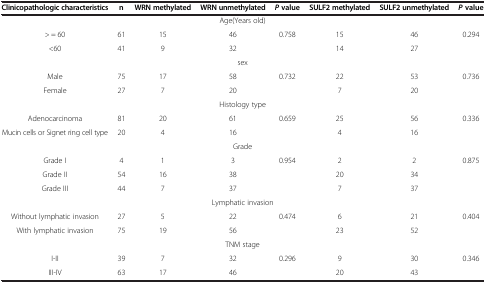
| Clinicopathologic characteristics | n | WRN methylated | WRN unmethylated | P value | SULF2 methylated | SULF2 unmethylated | P value |
 | --- | --- | --- | --- | --- | --- | --- | --- |
 | <COLSPAN=8> Age(Years old) |
 | > = 60 | 61 | 15 | 46 | <ROWSPAN=2> 0.758 | 15 | 46 | <ROWSPAN=2> 0.294 |
 | <60 | 41 | 9 | 32 | 14 | 27 |
 | <COLSPAN=8> sex |
 | Male | 75 | 17 | 58 | <ROWSPAN=2> 0.732 | 22 | 53 | <ROWSPAN=2> 0.736 |
 | Female | 27 | 7 | 20 | 7 | 20 |
 | <COLSPAN=8> Histology type |
 | Adenocarcinoma | 81 | 20 | 61 | <ROWSPAN=2> 0.659 | 25 | 56 | <ROWSPAN=2> 0.336 |
 | Mucin cells or Signet ring cell type | 20 | 4 | 16 | 4 | 16 |
 | <COLSPAN=8> Grade |
 | Grade I | 4 | 1 | 3 | <ROWSPAN=3> 0.954 | 2 | 2 | <ROWSPAN=3> 0.875 |
 | Grade II | 54 | 16 | 38 | 20 | 34 |
 | Grade III | 44 | 7 | 37 | 7 | 37 |
 | <COLSPAN=8> Lymphatic invasion |
 | Without lymphatic invasion | 27 | 5 | 22 | <ROWSPAN=2> 0.474 | 6 | 21 | <ROWSPAN=2> 0.404 |
 | With lymphatic invasion | 75 | 19 | 56 | 23 | 52 |
 | <COLSPAN=8> TNM stage |
 | I-II | 39 | 7 | 32 | <ROWSPAN=2> 0.296 | 9 | 30 | <ROWSPAN=2> 0.346 |
 | III-IV | 63 | 17 | 46 | 20 | 43 |